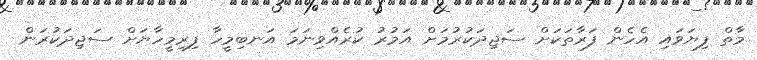
މާތް ފިޔަވައި އެހެން ފަރާތަކަށް ސަޖިދަކުރުމަށް އަމުރު ކުރެއްވިނަމަ އަނބިމީހާ ފިރިމީހާޔަށް ސަޖިދަކުރަން